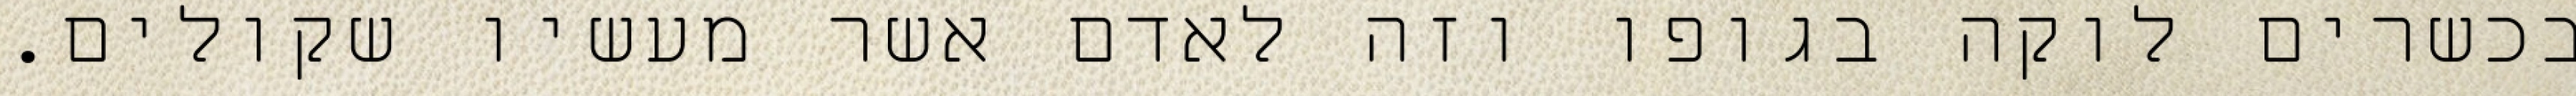
בכשרים לוקה בגופו וזה לאדם אשר מעשיו שקולים.